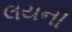
લયની